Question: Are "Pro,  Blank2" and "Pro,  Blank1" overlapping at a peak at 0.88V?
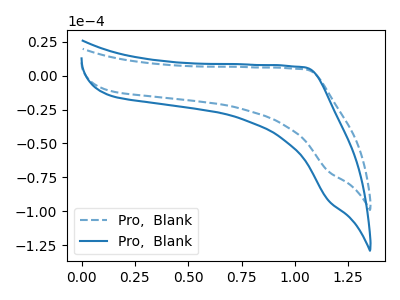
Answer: <think>The blue dashed curve "Pro,  Blank1" has no peaks. The blue curve "Pro,  Blank2" has no peaks.</think>
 <answer>No, "Pro,  Blank2" and "Pro,  Blank1" dont share a peak at 0.88V.</answer>
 <eval>mismatch</eval>